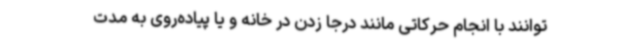
توانند با انجام حرکاتی مانند درجا زدن در خانه و یا پیاده‌روی به مدت